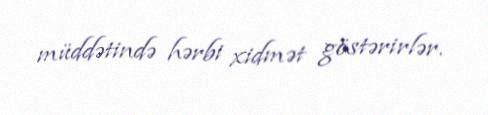
müddətində hərbi xidmət göstərirlər.